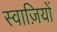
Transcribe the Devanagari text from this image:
स्वाज़ियों